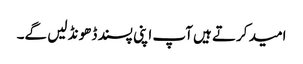
امید کرتے ہیں آپ اپنی پسند ڈھونڈ لیں گے۔